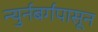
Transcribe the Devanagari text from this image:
न्युर्नबर्गपासून